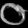
Digit: ၀